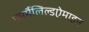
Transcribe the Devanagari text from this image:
फार्मैलिल्डऐमाइन